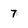
Character: 7